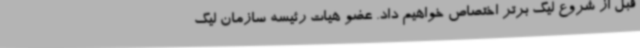
قبل از شروع لیگ برتر اختصاص خواهیم داد. عضو هیات رئیسه سازمان لیگ